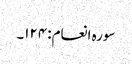
سورہ انعام: ۱۲۴۔